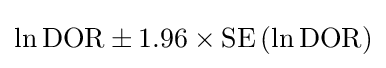
\ln {\text{DOR}}\pm 1.96\times \mathrm {SE} \left(\ln {\text{DOR}}\right)